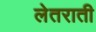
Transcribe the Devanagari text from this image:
लेतराती